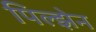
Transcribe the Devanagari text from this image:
पिल्झेन